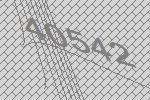
40542